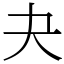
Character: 夬